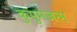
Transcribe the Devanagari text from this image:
कुसुमजन्म